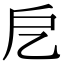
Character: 戹